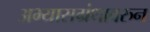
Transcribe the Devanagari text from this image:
अभ्यासग्रंथावरुन